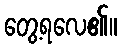
တွေ့ရလေ၏။